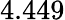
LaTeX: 4.449